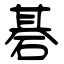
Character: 碁